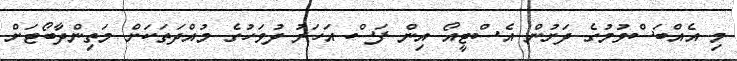
މި އެއްބަސްވުމުގެ ދަށުން އެސްޓީއޯ އިން ފަސް އަހަރު ދުވަހުގެ މުއްދަތަކަށް މަތިންދާބޯޓަށް